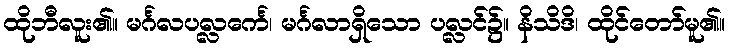
ထိုဘီလူး၏။ မင်္ဂလပလ္လင်္ကေ၊ မင်္ဂလာရှိသော ပလ္လင်၌။ နိသိဒိ၊ ထိုင်တော်မူ၏။